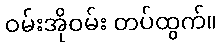
ဝမ်းအိုဝမ်း တပ်ထွက်။